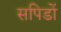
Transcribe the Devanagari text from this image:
सपिडों